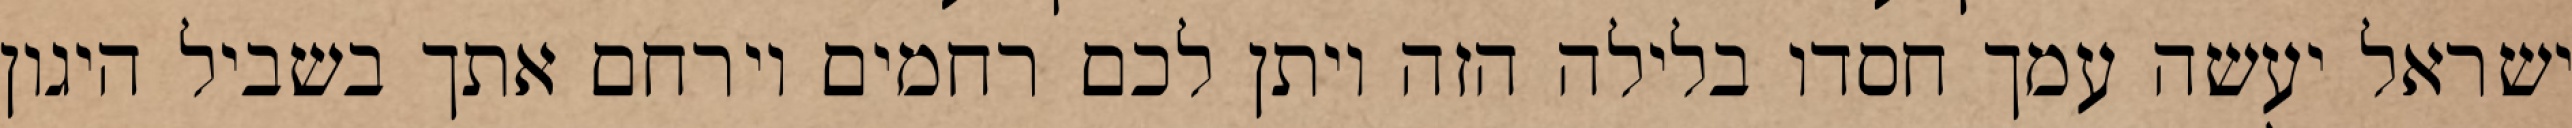
ישראל יעשה עמך חסדו בלילה הזה ויתן לכם רחמים וירחם אתך בשביל היגון